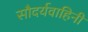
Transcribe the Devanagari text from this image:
सौदर्यवाहिनी